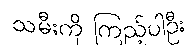
သမီးကို ကြည့်ပါဦး